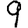
Digit: 9